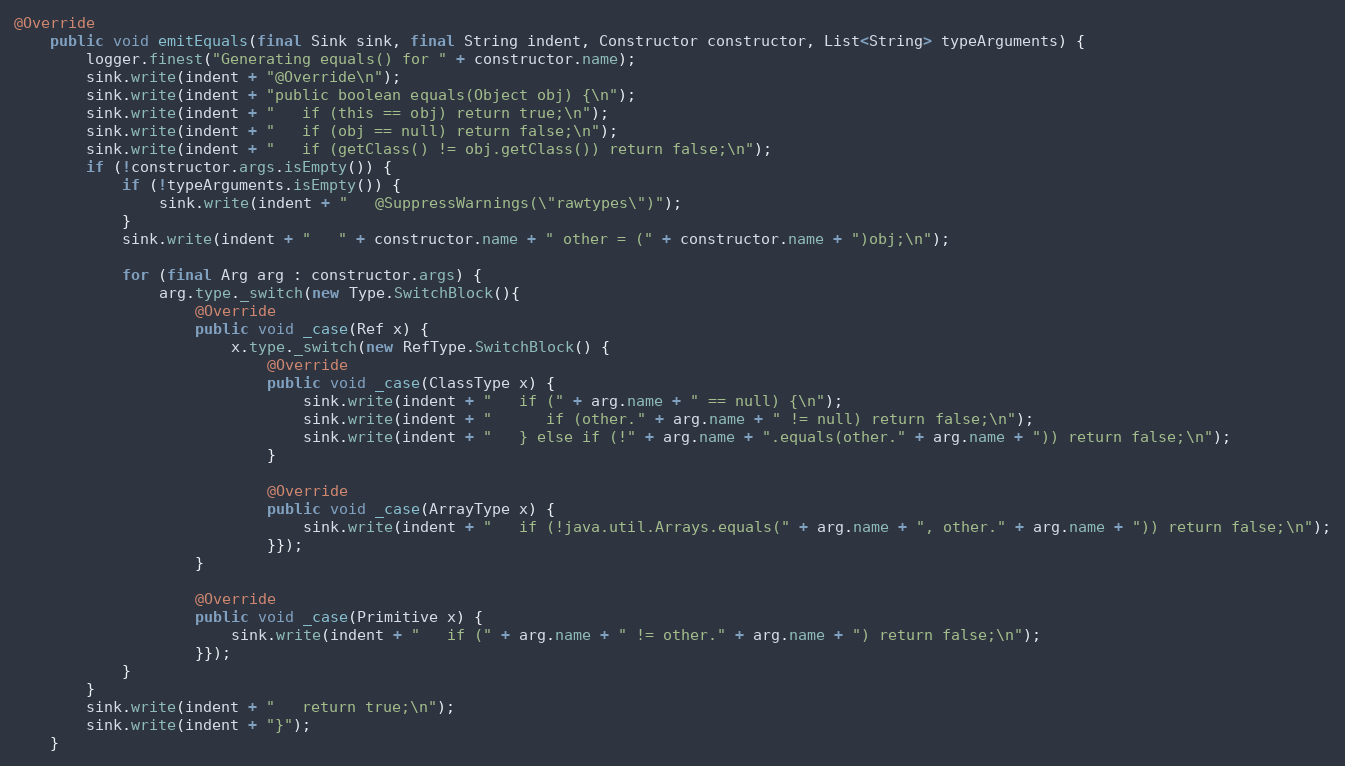
Language: Java
@Override
    public void emitEquals(final Sink sink, final String indent, Constructor constructor, List<String> typeArguments) {
    	logger.finest("Generating equals() for " + constructor.name);
        sink.write(indent + "@Override\n");
        sink.write(indent + "public boolean equals(Object obj) {\n");
        sink.write(indent + "   if (this == obj) return true;\n");
        sink.write(indent + "   if (obj == null) return false;\n");
        sink.write(indent + "   if (getClass() != obj.getClass()) return false;\n");
        if (!constructor.args.isEmpty()) {
        	if (!typeArguments.isEmpty()) {
        		sink.write(indent + "   @SuppressWarnings(\"rawtypes\")");
        	}
            sink.write(indent + "   " + constructor.name + " other = (" + constructor.name + ")obj;\n");

            for (final Arg arg : constructor.args) {
                arg.type._switch(new Type.SwitchBlock(){
                    @Override
                    public void _case(Ref x) {
                        x.type._switch(new RefType.SwitchBlock() {
                            @Override
                            public void _case(ClassType x) {
                                sink.write(indent + "   if (" + arg.name + " == null) {\n");
                                sink.write(indent + "      if (other." + arg.name + " != null) return false;\n");
                                sink.write(indent + "   } else if (!" + arg.name + ".equals(other." + arg.name + ")) return false;\n");
                            }

                            @Override
                            public void _case(ArrayType x) {
                                sink.write(indent + "   if (!java.util.Arrays.equals(" + arg.name + ", other." + arg.name + ")) return false;\n");
                            }});
                    }

                    @Override
                    public void _case(Primitive x) {
                        sink.write(indent + "   if (" + arg.name + " != other." + arg.name + ") return false;\n");
                    }});
            }
        }
        sink.write(indent + "   return true;\n");
        sink.write(indent + "}");
    }